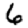
Digit: 6